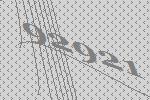
92921